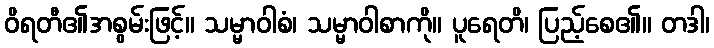
ဝိရတီ၏အစွမ်းဖြင့်။ သမ္မာဝါစံ၊ သမ္မာဝါစာကို။ ပူရေတိ၊ ပြည့်စေ၏။ တဒါ၊